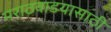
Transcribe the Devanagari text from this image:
मराठवाडयासाठी